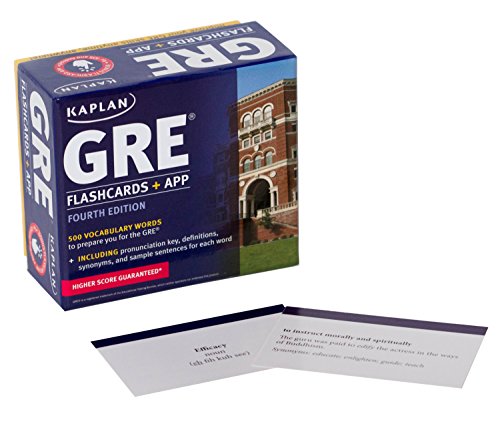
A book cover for GRE Vocabulary Flashcards + App (Kaplan Test Prep); Kaplan; Test Preparation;